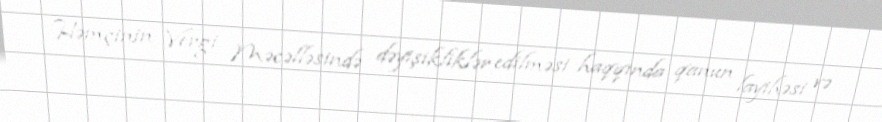
Həmçinin Vergi Məcəlləsində dəyişikliklər edilməsi haqqında qanun layihəsi və